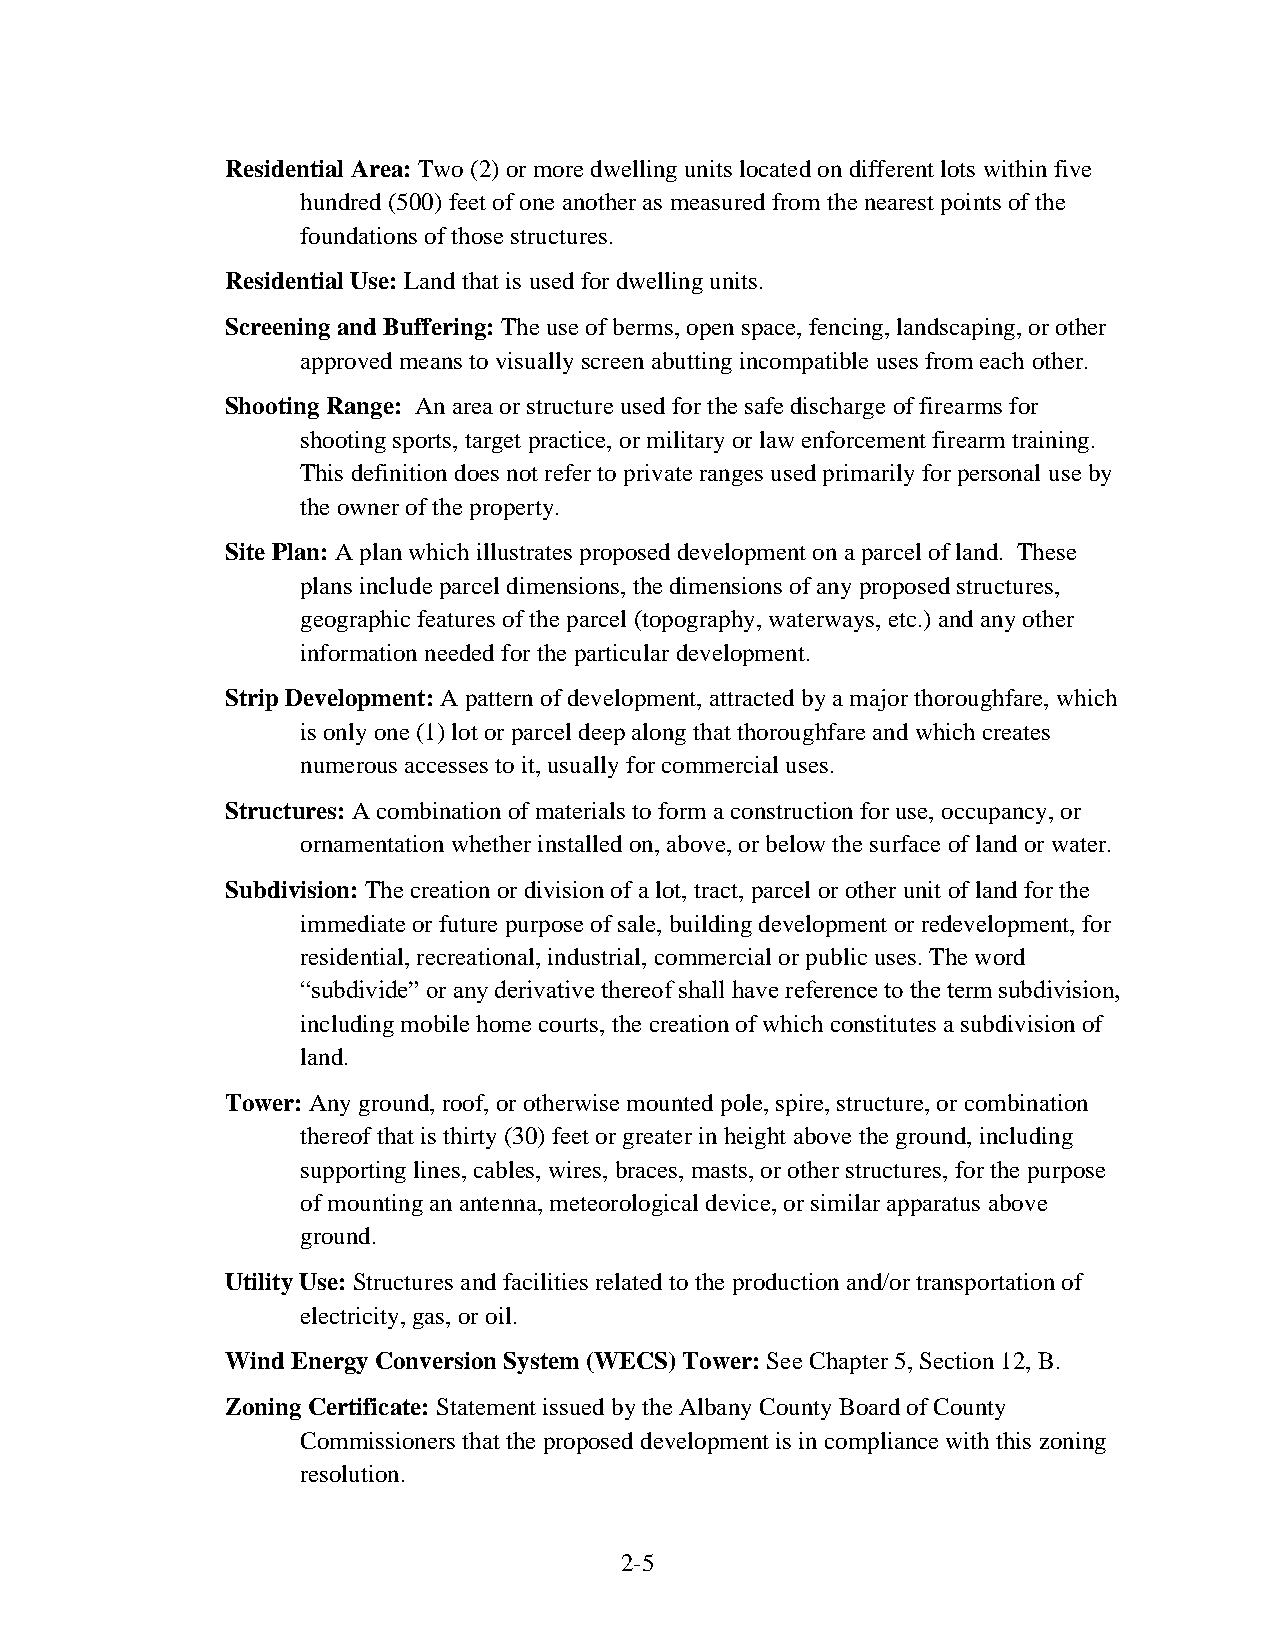
Residential Area: Two (2) or more dwelling units located on different lots within five
 hundred (500) feet of one another as measured from the nearest points of the
 foundations of those structures.
 Residential Use: Land that is used for dwelling units.
 Screening and Buffering: The use of berms, open space, fencing, landscaping, or other
 approved means to visually screen abutting incompatible uses from each other.
 Shooting Range: An area or structure used for the safe discharge of firearms for
 shooting sports, target practice, or military or law enforcement firearm training.
 This definition does not refer to private ranges used primarily for personal use by
 the owner of the property.
 Site Plan: A plan which illustrates proposed development on a parcel of land. These
 plans include parcel dimensions, the dimensions of any proposed structures,
 geographic features of the parcel (topography, waterways, etc.) and any other
 information needed for the particular development.
 Strip Development: A pattern of development, attracted by a major thoroughfare, which
 is only one (1) lot or parcel deep along that thoroughfare and which creates
 numerous accesses to it, usually for commercial uses.
 Structures: A combination of materials to form a construction for use, occupancy, or
 ornamentation whether installed on, above, or below the surface of land or water.
 Subdivision: The creation or division of a lot, tract, parcel or other unit of land for the
 immediate or future purpose of sale, building development or redevelopment, for
 residential, recreational, industrial, commercial or public uses. The word
 “subdivide” or any derivative thereof shall have reference to the term subdivision,
 including mobile home courts, the creation of which constitutes a subdivision of
 land.
 Tower: Any ground, roof, or otherwise mounted pole, spire, structure, or combination
 thereof that is thirty (30) feet or greater in height above the ground, including
 supporting lines, cables, wires, braces, masts, or other structures, for the purpose
 of mounting an antenna, meteorological device, or similar apparatus above
 ground.
 Utility Use: Structures and facilities related to the production and/or transportation of
 electricity, gas, or oil.
 Wind Energy Conversion System (WECS) Tower: See Chapter 5, Section 12, B.
 Zoning Certificate: Statement issued by the Albany County Board of County
 Commissioners that the proposed development is in compliance with this zoning
 resolution.
 2-5